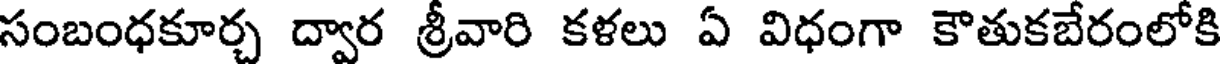
సంబంధకూర్చ ద్వార శ్రీవారి కళలు ఏ విధంగా కౌతుకబేరంలోకి